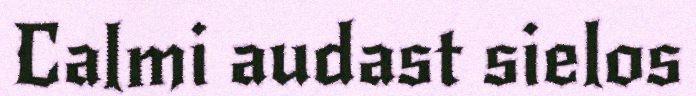
Calmi audast sielos